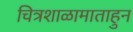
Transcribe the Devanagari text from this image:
चित्रशाळामाताहुन